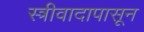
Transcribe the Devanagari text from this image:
स्त्रीवादापासून